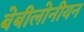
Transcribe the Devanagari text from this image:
बेबीलोनीयन